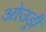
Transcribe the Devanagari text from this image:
ओउड्री